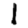
Digit: 1